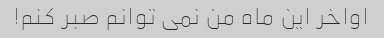
اواخر این ماه من نمی توانم صبر کنم!